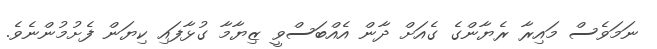
ނަމަވެސް މައިރާ ރެޔާންގެ ގެއަށް ދާން އެއްބަސްވީ ޒިޔާމާ ގުޅާފައި ކިޔަން ފެށުމުންނެވެ.